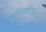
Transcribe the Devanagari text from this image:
म्युरियाटिकम